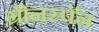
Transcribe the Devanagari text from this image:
ग्रीनस्पॅन